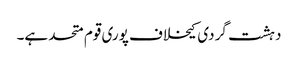
دہشت گردی کیخلاف پوری قوم متحد ہے۔